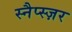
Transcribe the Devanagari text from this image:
स्नैप्स्ज़र